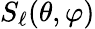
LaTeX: S_{\ell}(\theta,\varphi)